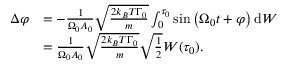
\begin{array} { r l } { \Delta \varphi } & { = - \frac { 1 } { \Omega _ { 0 } A _ { 0 } } \sqrt { \frac { 2 k _ { B } T \Gamma _ { 0 } } { m } } \int _ { 0 } ^ { \tau _ { 0 } } \sin \left( \Omega _ { 0 } t + \varphi \right) \mathrm { d } W } \\ & { = \frac { 1 } { \Omega _ { 0 } A _ { 0 } } \sqrt { \frac { 2 k _ { B } T \Gamma _ { 0 } } { m } } \sqrt { \frac { 1 } { 2 } } W ( \tau _ { 0 } ) \mathrm { . } } \end{array}